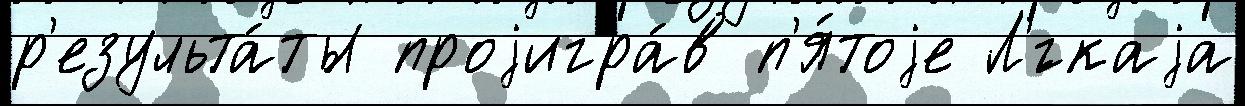
р'езульта́ты проjигра́в п'я́тоjе Л'́гкаjа